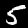
Digit: 5